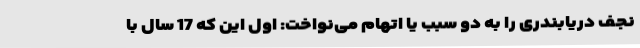
نجف دریابندری را به دو سبب یا اتهام می‌نواخت: اول این که 17 سال با